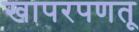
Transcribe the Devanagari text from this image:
खापरपणतू